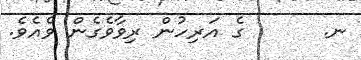
ނ.      ގެ އަރިހުން ރިވާވެގެން ވެއެވެ.